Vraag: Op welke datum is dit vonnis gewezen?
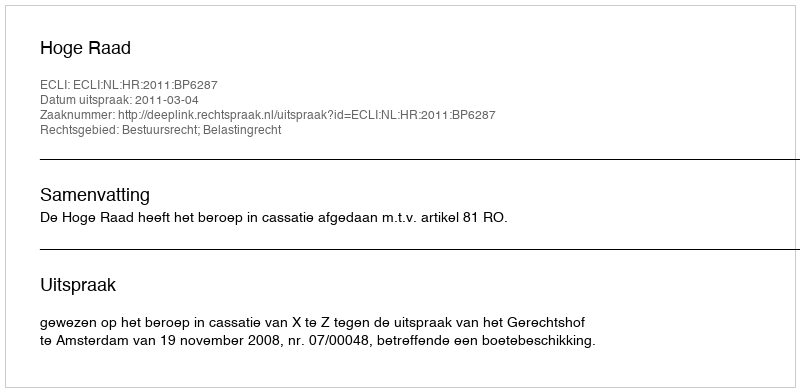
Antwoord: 2011-03-04